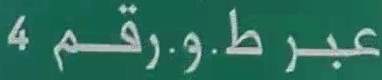
عبر ط.و.رقم